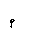
Letter: _mim